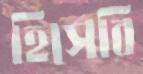
হিসেবি